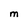
Character: M